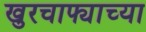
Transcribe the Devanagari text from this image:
खुरचाफ्याच्या